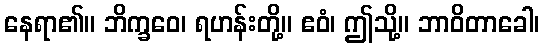
နေရာ၏။ ဘိက္ခဝေ၊ ရဟန်းတို့။ ဧဝံ၊ ဤသို့။ ဘာဝိတာခေါ၊